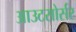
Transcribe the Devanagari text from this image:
आउटसोर्सर